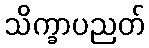
သိက္ခာပညတ်